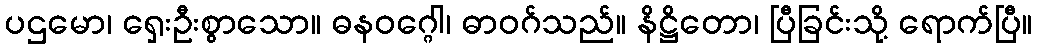
ပဌမော၊ ရှေးဦးစွာသော။ ဓနဝဂ္ဂေါ၊ ဓာဝဂ်သည်။ နိဋ္ဌိတော၊ ပြီခြင်းသို့ ရောက်ပြီ။